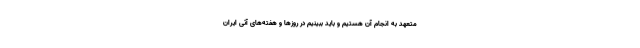
متعهد به انجام آن هستیم و باید ببینیم در روزها و هفته‌های آتی ایران